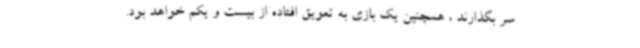
سر بگذارند ، همچنین یک بازی به تعویق افتاده از بیست و یکم خواهد بود.